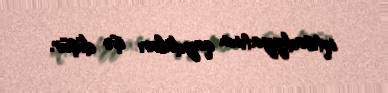
iqtisadiyyatının qaydaları işə düşür.